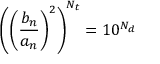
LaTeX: \left( \left( { \frac { b _ { n } } { a _ { n } } } \right) ^ { 2 } \right) ^ { N _ { t } } = 1 0 ^ { N _ { d } }